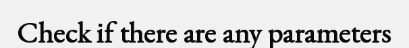
Check if there are any parameters